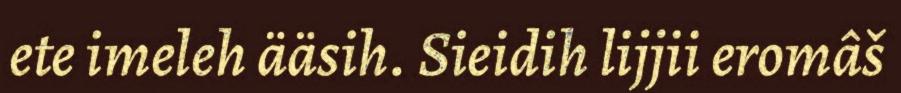
ete imeleh ääsih. Sieidih lijjii eromâš